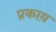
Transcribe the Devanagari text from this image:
प्रकाय़